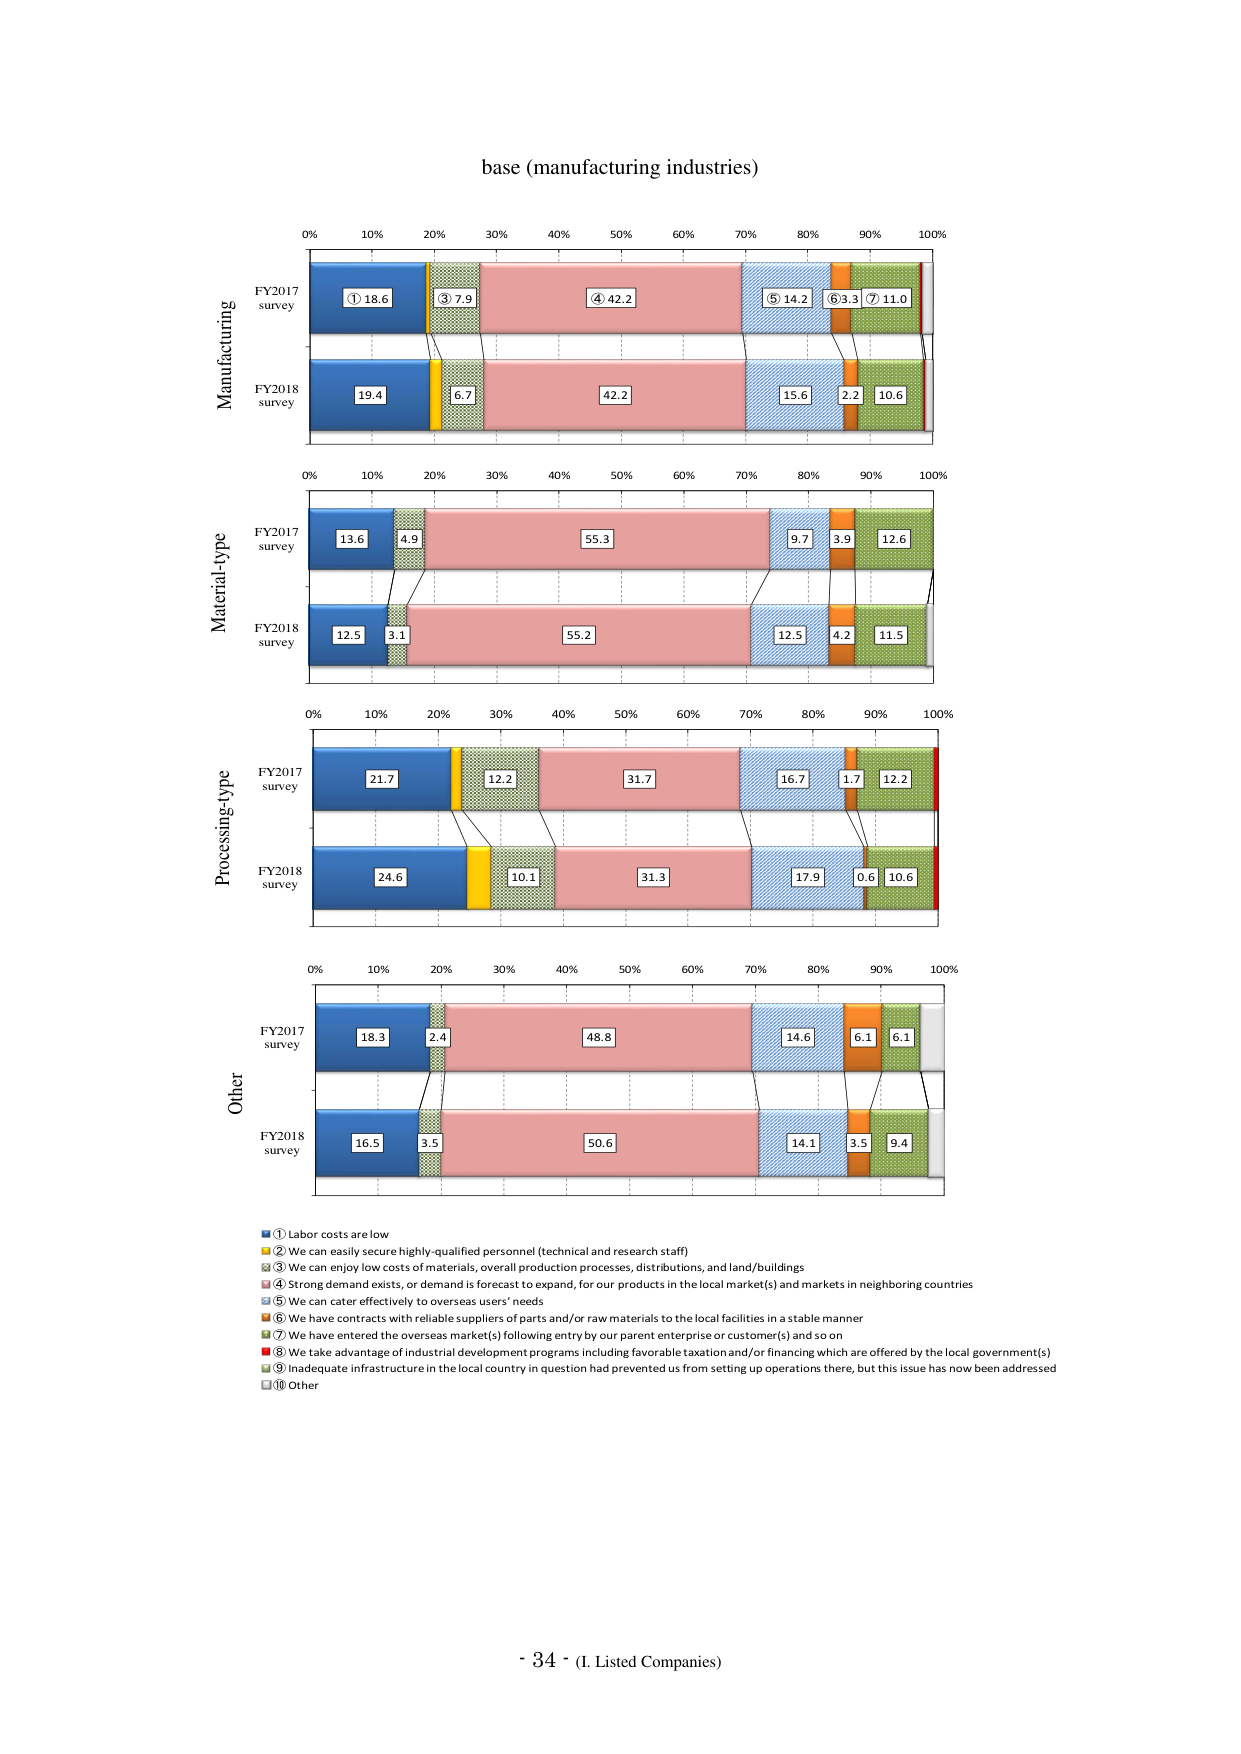
base (manufacturing industries)

0% 10% 20% 30% 40% 50% 60% 70% 80% 90% 100%
Manufacturing
FY2017
survey
① 18.6 ③ 7.9 ④ 42.2 ⑤ 14.2 ⑥ 3.3 ⑦ 11.0
FY2018
survey
19.4 6.7 42.2 15.6 2.2 10.6

0% 10% 20% 30% 40% 50% 60% 70% 80% 90% 100%
Material-type
FY2017
survey
13.6 4.9 55.3 9.7 3.9 12.6
FY2018
survey
12.5 3.1 55.2 12.5 4.2 11.5

0% 10% 20% 30% 40% 50% 60% 70% 80% 90% 100%
Processing-type
FY2017
survey
21.7 12.2 31.7 16.7 1.7 12.2
FY2018
survey
24.6 10.1 31.3 17.9 0.6 10.6

0% 10% 20% 30% 40% 50% 60% 70% 80% 90% 100%
Other
FY2017
survey
18.3 2.4 48.8 14.6 6.1 6.1
FY2018
survey
16.5 3.5 50.6 14.1 3.5 9.4

① Labor costs are low
② We can easily secure highly-qualified personnel (technical and research staff)
③ We can enjoy low costs of materials, overall production processes, distributions, and land/buildings
④ Strong demand exists, or demand is forecast to expand, for our products in the local market(s) and markets in neighboring countries
⑤ We can cater effectively to overseas users' needs
⑥ We have contracts with reliable suppliers of parts and/or raw materials to the local facilities in a stable manner
⑦ We have entered the overseas market(s) following entry by our parent enterprise or customer(s) and so on
⑧ We take advantage of industrial development programs including favorable taxation and/or financing which are offered by the local government(s)
⑨ Inadequate infrastructure in the local country in question had prevented us from setting up operations there, but this issue has now been addressed
⑩ Other

- 34 - (I. Listed Companies)